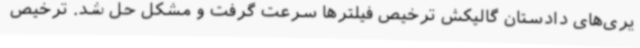
یری‌های دادستان گالیکش ترخیص فیلترها سرعت گرفت و مشکل حل شد. ترخیص